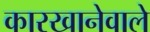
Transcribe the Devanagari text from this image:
कारखानेवाले